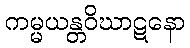
ကမ္မယန္တဝိဃာဋနော